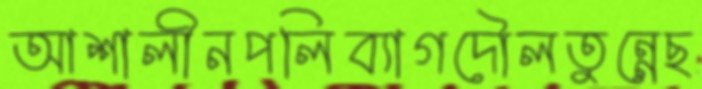
আশালীনপলিব্যাগদৌলতুন্নেছ